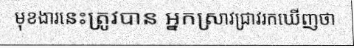
មុខងារនេះត្រូវបាន អ្នកស្រាវជ្រាវរកឃើញថា